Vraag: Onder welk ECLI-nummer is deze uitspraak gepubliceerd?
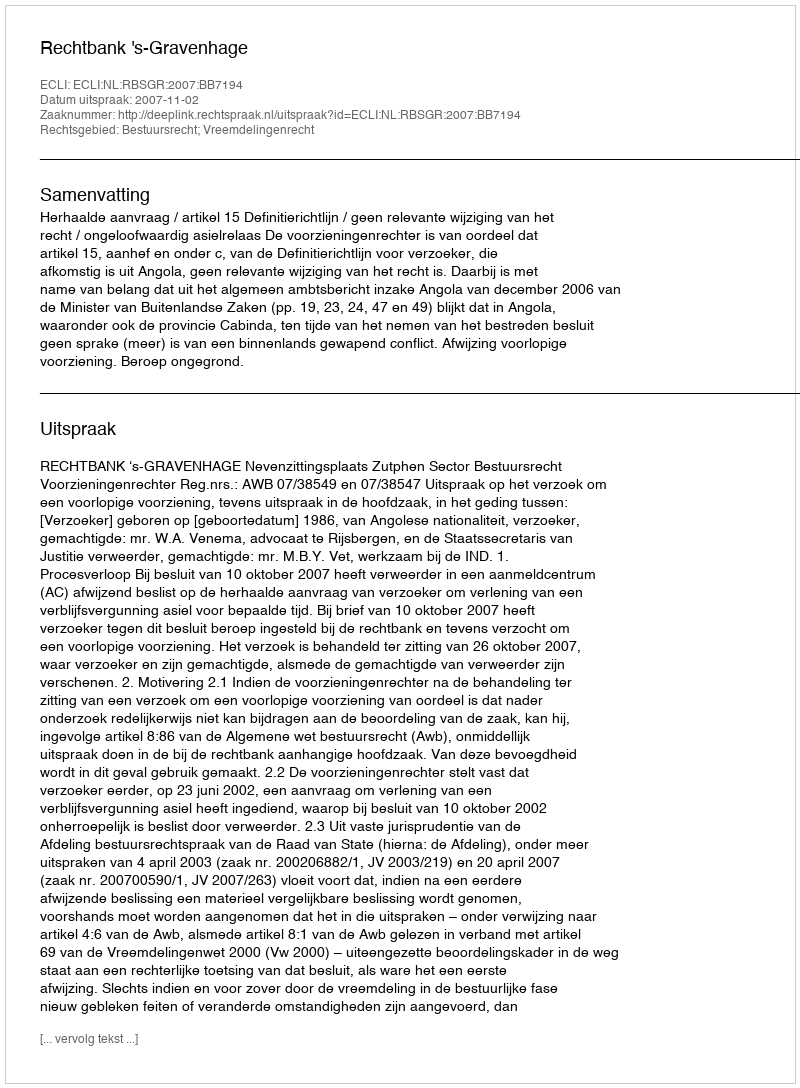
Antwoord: ECLI:NL:RBSGR:2007:BB7194